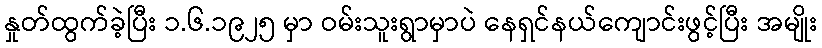
နှုတ်ထွက်ခဲ့ပြီး ၁.၆.၁၉၂၅ မှာ ဝမ်းသူးရွာမှာပဲ နေရှင်နယ်ကျောင်းဖွင့်ပြီး အမျိုး